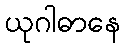
ယုဂါဓာနေ